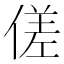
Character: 傞